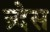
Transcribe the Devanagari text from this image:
न्र्देस